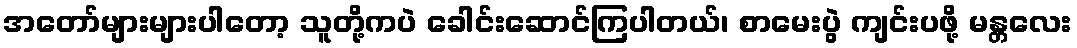
အတော်များများပါတော့ သူတို့ကပဲ ခေါင်းဆောင်ကြပါတယ်၊ စာမေးပွဲ ကျင်းပဖို့ မန္တလေး